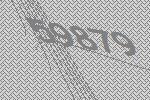
59879